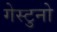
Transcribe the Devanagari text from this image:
गेस्टुनो